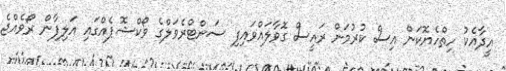
އީދާއެކު ހިތްހެޔޮކަން އިސް ކުރުމަށް ރައީސް ގޮވާލައްވައިފި ސަންޓްރެވަލްގެ ވޯކްޝޮޕެއްގައި އަލިފާން ރޯވެއްޖެ